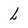
Character: l